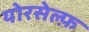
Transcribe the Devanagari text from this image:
योरसेल्फ़